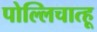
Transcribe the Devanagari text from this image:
पोल्लिचात्हू